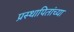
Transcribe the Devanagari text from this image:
प्रस्थापितांच्या